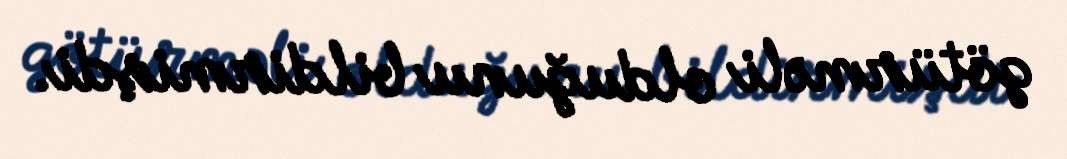
götürməli olduğunu bildirmişdi.